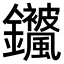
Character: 𬬣